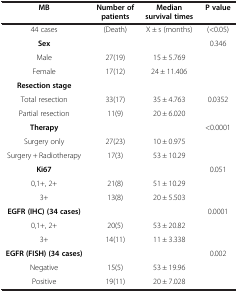
<table><thead><tr><td><b>MB</b></td><td><b>Number of patients</b></td><td><b>Median survival times</b></td><td><b>P value</b></td></tr></thead><tbody><tr><td>44 cases</td><td>(Death)</td><td>X ± s (months)</td><td>(&lt;0.05)</td></tr><tr><td><b>Sex</b></td><td> </td><td> </td><td>0.346</td></tr><tr><td>Male</td><td>27(19)</td><td>15 ± 5.769</td><td> </td></tr><tr><td>Female</td><td>17(12)</td><td>24 ± 11.406</td><td> </td></tr><tr><td><b>Resection stage</b></td><td> </td><td> </td><td> </td></tr><tr><td>Total resection</td><td>33(17)</td><td>35 ± 4.763</td><td>0.0352</td></tr><tr><td>Partial resection</td><td>11(9)</td><td>20 ± 6.020</td><td> </td></tr><tr><td><b>Therapy</b></td><td> </td><td> </td><td>&lt;0.0001</td></tr><tr><td>Surgery only</td><td>27(23)</td><td>10 ± 0.975</td><td> </td></tr><tr><td>Surgery + Radiotherapy</td><td>17(3)</td><td>53 ± 10.29</td><td> </td></tr><tr><td><b>Ki67</b></td><td> </td><td> </td><td>0.051</td></tr><tr><td>0,1+, 2+</td><td>21(8)</td><td>51 ± 10.29</td><td> </td></tr><tr><td>3+</td><td>13(8)</td><td>20 ± 5.503</td><td> </td></tr><tr><td><b>EGFR (IHC) (34 cases)</b></td><td> </td><td> </td><td>0.0001</td></tr><tr><td>0,1+, 2+</td><td>20(5)</td><td>53 ± 20.82</td><td> </td></tr><tr><td>3+</td><td>14(11)</td><td>11 ± 3.338</td><td> </td></tr><tr><td><b>EGFR (FISH) (34 cases)</b></td><td> </td><td> </td><td>0.002</td></tr><tr><td>Negative</td><td>15(5)</td><td>53 ± 19.96</td><td> </td></tr><tr><td>Positive</td><td>19(11)</td><td>20 ± 7.028</td><td> </td></tr></tbody></table>